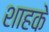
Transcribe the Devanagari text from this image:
शाहके